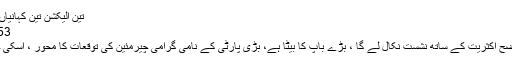
تین الیکشن تین کہانیاں- جبران عباسی - آؤٹ لائن
5:53|2018اتوار18فروری
میرا خیال تھا علی ترین واضح اکثریت کے ساتھ نشست نکال لے گا ، بڑے باپ کا بیٹا ہے، بڑی پارٹی کے نامی گرامی چیرمئین کی توقعات کا محور ، اسکی جہاں دیدہ نظروں میں ہے ۔